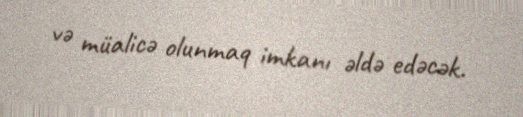
və müalicə olunmaq imkanı əldə edəcək.